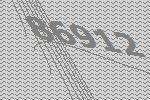
86912